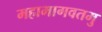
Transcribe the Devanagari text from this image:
महाभागवतमु